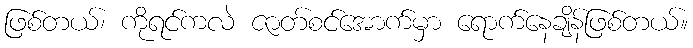
ဖြစ်တယ်၊ ကိုရင်ကလဲ ဇာတ်စင်အောက်မှာ ရောက်နေချိန်ဖြစ်တယ်။